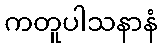
ကတူပါသနာနံ